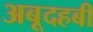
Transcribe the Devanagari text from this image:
अबूदहबी